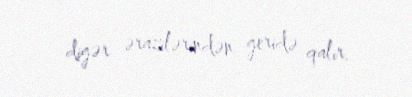
digər ərazilərindən geridə qalır.